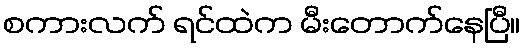
စကားလက် ရင်ထဲက မီးတောက်နေပြီ။